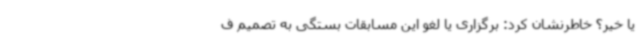
یا خیر؟ خاطرنشان کرد: برگزاری یا لغو این مسابقات بستگی به تصمیم ف